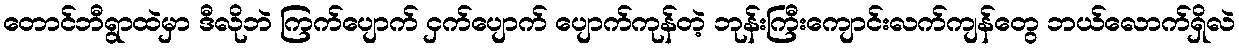
တောင်ဘီရွာထဲမှာ ဒီလိုဘဲ ကြက်ပျောက် ငှက်ပျောက် ပျောက်ကုန်တဲ့ ဘုန်းကြီးကျောင်းလက်ကျန်တွေ ဘယ်လောက်ရှိလဲ